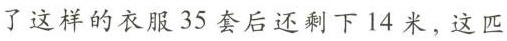
了这样的衣服35套后还剩下14米，这匹